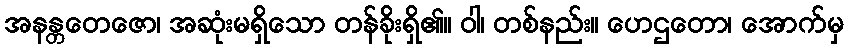
အနန္တတေဇော၊ အဆုံးမရှိသော တန်ခိုးရှိ၏။ ဝါ၊ တစ်နည်း။ ဟေဌတော၊ အောက်မှ